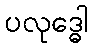
ပလုဒ္ဓေါ